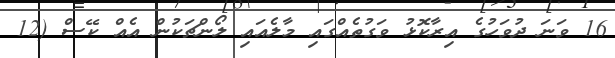
16 ވަނަ ދުވަހުގެ އިރާކޮޅު ވަގުތެއްގައި މާލެއައި ލޯންޗަކުން އެއް ކޭސް (12